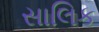
સાલિક